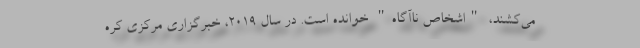
می‌کشند، "اشخاص ناآگاه" خوانده است. در سال ۲۰۱۹، خبرگزاری مرکزی کره